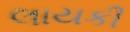
લાયકી